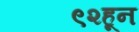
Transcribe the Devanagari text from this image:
९२हून